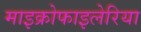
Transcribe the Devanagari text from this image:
माइक्रोफाइलेरिया